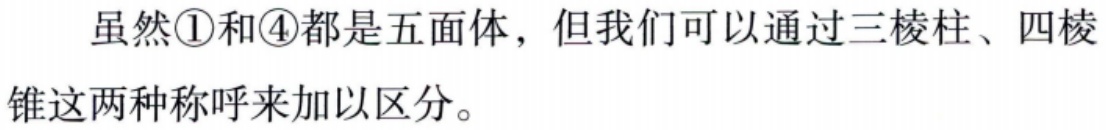
虽然\textcircled{1}和\textcircled{4}都是五面体，但我们可以通过三棱柱、四棱锥这两种称呼来加以区分。